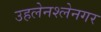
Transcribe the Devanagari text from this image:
उहलेनश्लेनगर